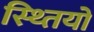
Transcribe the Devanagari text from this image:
स्थ्तियों